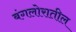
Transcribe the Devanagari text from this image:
बंगलोरातील